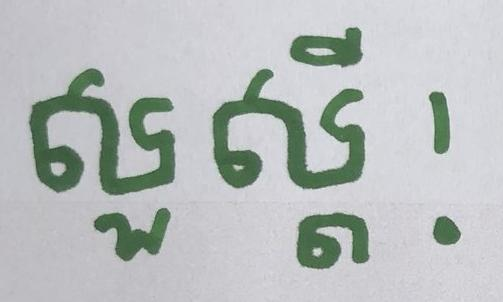
សួស្ដី!